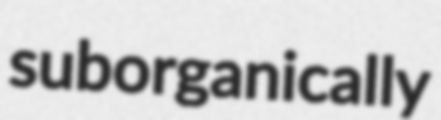
suborganically